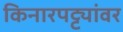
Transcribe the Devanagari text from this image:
किनारपट्ट्यांवर